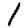
Digit: 1